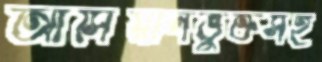
আসিয়ানভুক্তসহ